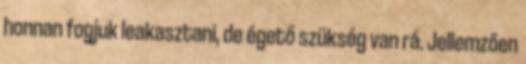
honnan fogjuk leakasztani, de égető szükség van rá. Jellemzően